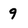
Character: 9